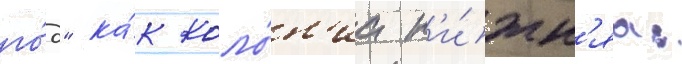
го́д" ка́к коло́н'иа н'и́жн'яа: